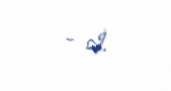
- İ.